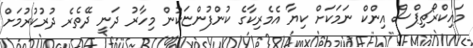
މައިކްރޯޗިޕްސް އިންކް ނަމަކަށް ކިޔާ އެމެރިކާގެ ކުންފުންޏަކުން މިހާރު ދަނީ ދޭތެރެ ދުރުކުރުމަށް